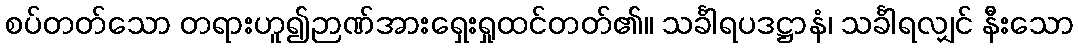
စပ်တတ်သော တရားဟူ၍ဉာဏ်အားရှေးရှုထင်တတ်၏။ သင်္ခါရပဒဋ္ဌာနံ၊ သင်္ခါရလျှင် နီးသော